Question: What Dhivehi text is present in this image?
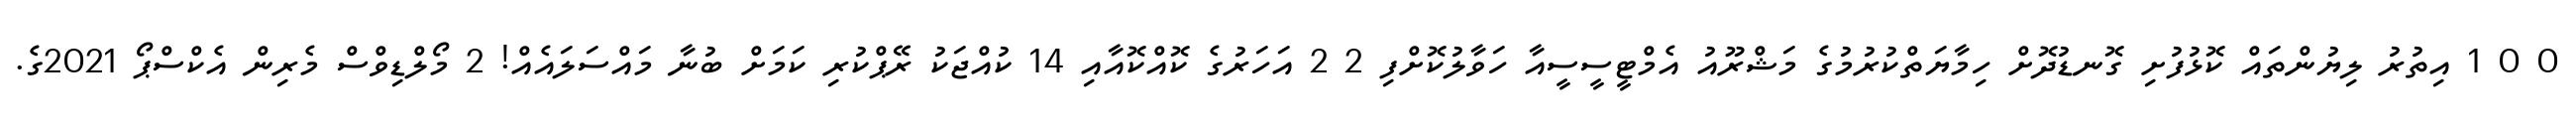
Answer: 0 0 1 އިތުރު ލިޔުންތައް ކޮޅުފުށި ގޮނޑުދޮށް ހިމާޔަތްކުރުމުގެ މަޝްރޫއު އެމްޓީސީސީއާ ހަވާލުކޮށްފި 2 2 އަހަރުގެ ކޮއްކޮއާއި 14 ކުއްޖަކު ރޭޕްކުރި ކަމަށް ބުނާ މައްސަލައެއް! 2 މޯލްޑިވްސް މެރިން އެކްސްޕޯ 2021ގެ.